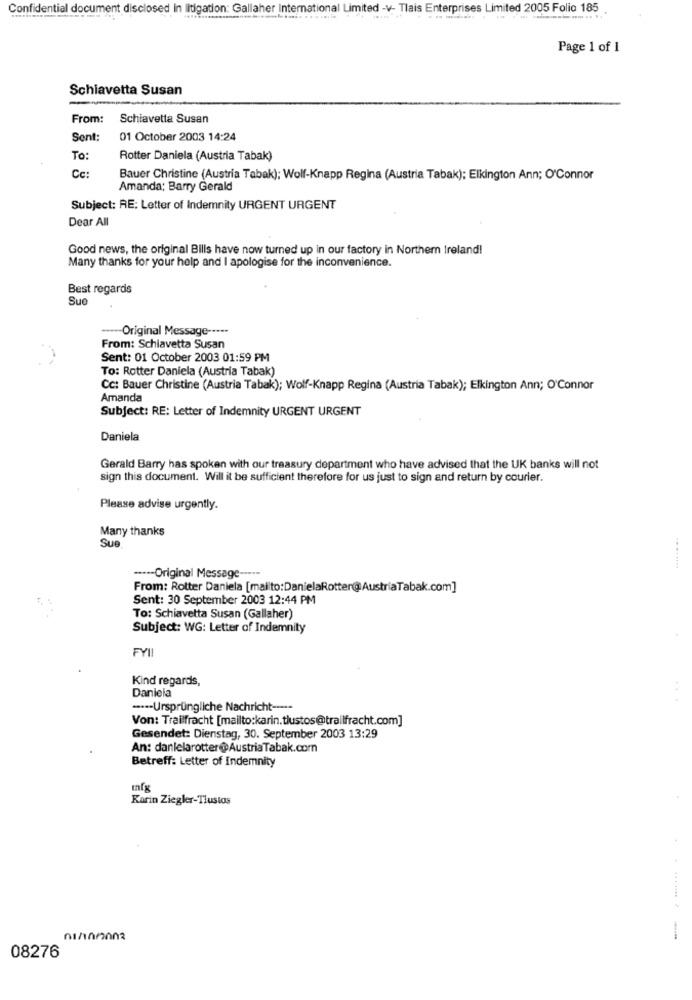
Confidential document disclosed in litigation: Gallaher International Limited -v- Tlais Enterprises Limited 2005 Folio 185
Page 1 of 1
Schiavetta Susan
From:
Schiavetta Susan
Sent:
01 October 2003 14:24
To:
Rotter Daniela (Austria Tabak)
Cc:
Bauer Christine (Austria Tabak); Wolf-Knapp Regina (Austria Tabak); Elkington Ann; O'Connor
Amanda; Barry Gerald
Subject: RE: Letter of Indemnity URGENT URGENT
Dear All
Good news, the original Bills have now turned up in our factory in Northern Ireland!
Many thanks for your help and I apologise for the inconvenience.
Best regards
Suo
---- Original Message --...
From: Schiavetta Susan
Sent: 01 October 2003 01:59 PM
To: Rotter Daniela (Austria Tabak)
Cc: Bauer Christine (Austria Tabak); Wolf-Knapp Regina (Austria Tabak); Elkington Ann; O'Connor
Amanda
Subject: RE: Letter of Indemnity URGENT URGENT
Daniela
Gerald Barry has spoken with our treasury department who have advised that the UK banks will not
sign this document. Will it be sufficient therefore for us just to sign and return by courier.
Please advise urgently.
Many thanks
Sue
---- Original Message -----
From: Rotter Daniela [mailto:DanielaRotter@AustriaTabak.com]
Sent: 30 September 2003 12:44 PM
To: Schiavetta Susan (Gallaher)
Subject: WG: Letter of Indemnity
FYI
Kind regards,
Daniela
···-- Ursprüngliche Nachricht -···-
Von: Trailfracht [mailto:karin.tlustos@trailfracht.com]
Gesendet: Dienstag, 30. September 2003 13:29
An: danielarotter@AustriaTabak.com
Betreff: Letter of Indemnity
Karin Ziegler-Tlustas
08276